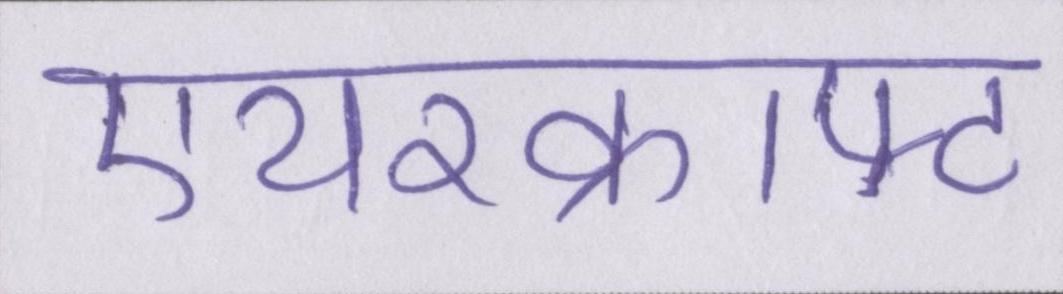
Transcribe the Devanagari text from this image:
एयरक्राफ्ट